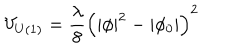
V _ { U ( 1 ) } = \frac { \lambda } { 8 } \left( | \phi | ^ { 2 } - | \phi _ { 0 } | \right) ^ { 2 }